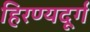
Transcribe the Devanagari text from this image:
हिरण्यदूर्ग